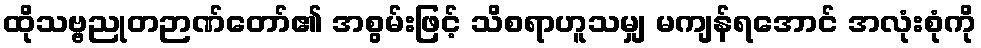
ထိုသဗ္ဗညုတဉာဏ်တော်၏ အစွမ်းဖြင့် သိစရာဟူသမျှ မကျန်ရအောင် အလုံးစုံကို